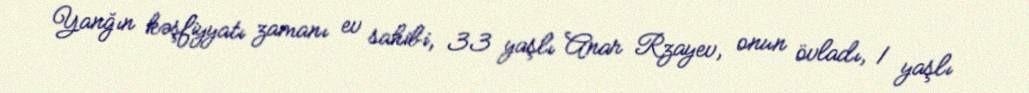
Yanğın kəşfiyyatı zamanı ev sahibi, 33 yaşlı Anar Rzayev, onun övladı, 1 yaşlı